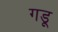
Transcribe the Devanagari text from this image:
गडू